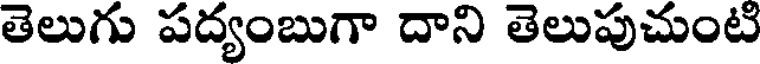
తెలుగు పద్యంబుగా దాని తెలుపుచుంటి